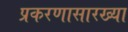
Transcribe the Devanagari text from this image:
प्रकरणासारख्या